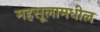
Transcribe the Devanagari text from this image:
महसूलामधील